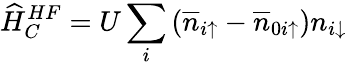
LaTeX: \widehat{H}_{C}^{HF}=U\sum_{i}\left(\overline{{n}}_{i\uparrow}-\overline{{n}}_{0i\uparrow}\right)n_{i\downarrow}